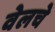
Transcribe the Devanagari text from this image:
वेलचे